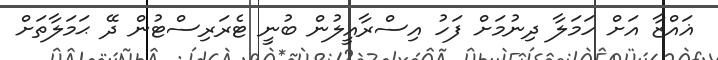
ޣައްޒާ އަށް ހަމަލާ ދިނުމަށް ފަހު އިސްރާއީލުން ބުނީ ޓެރަރިސްޓުން ދޭ ޙަމަލާތަށް